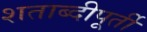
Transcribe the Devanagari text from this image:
शताब्दीपूर्ती